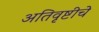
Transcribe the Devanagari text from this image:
अतिवृष्टीचे